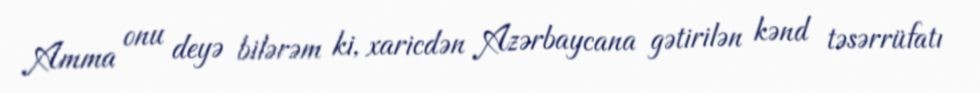
Amma onu deyə bilərəm ki, xaricdən Azərbaycana gətirilən kənd təsərrüfatı